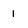
Character: 1